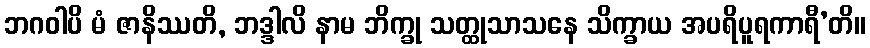
ဘဂဝါပိ မံ ဇာနိဿတိ, ဘဒ္ဒါလိ နာမ ဘိက္ခု သတ္ထုသာသနေ သိက္ခာယ အပရိပူရကာရီ’တိ။